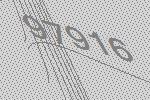
97916